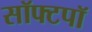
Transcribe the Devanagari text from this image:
सॉफ्टपॉ